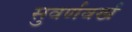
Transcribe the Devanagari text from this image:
सुवर्णवर्ख